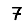
Digit: 7